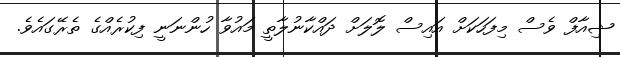
ޝިއާފް ވެސް މިފަހަކަށް އައިސް ލޮލަށް ދައްކާނުލާތީ މައުވާ ހުންނަނީ ފިކުރެއްގެ ތެރޭގައެވެ.